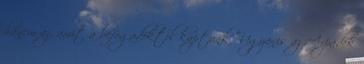
hanem az, amit a befogadóktól kaptunk. Ugyanis az Arpádék